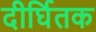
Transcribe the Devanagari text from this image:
दीर्घितक